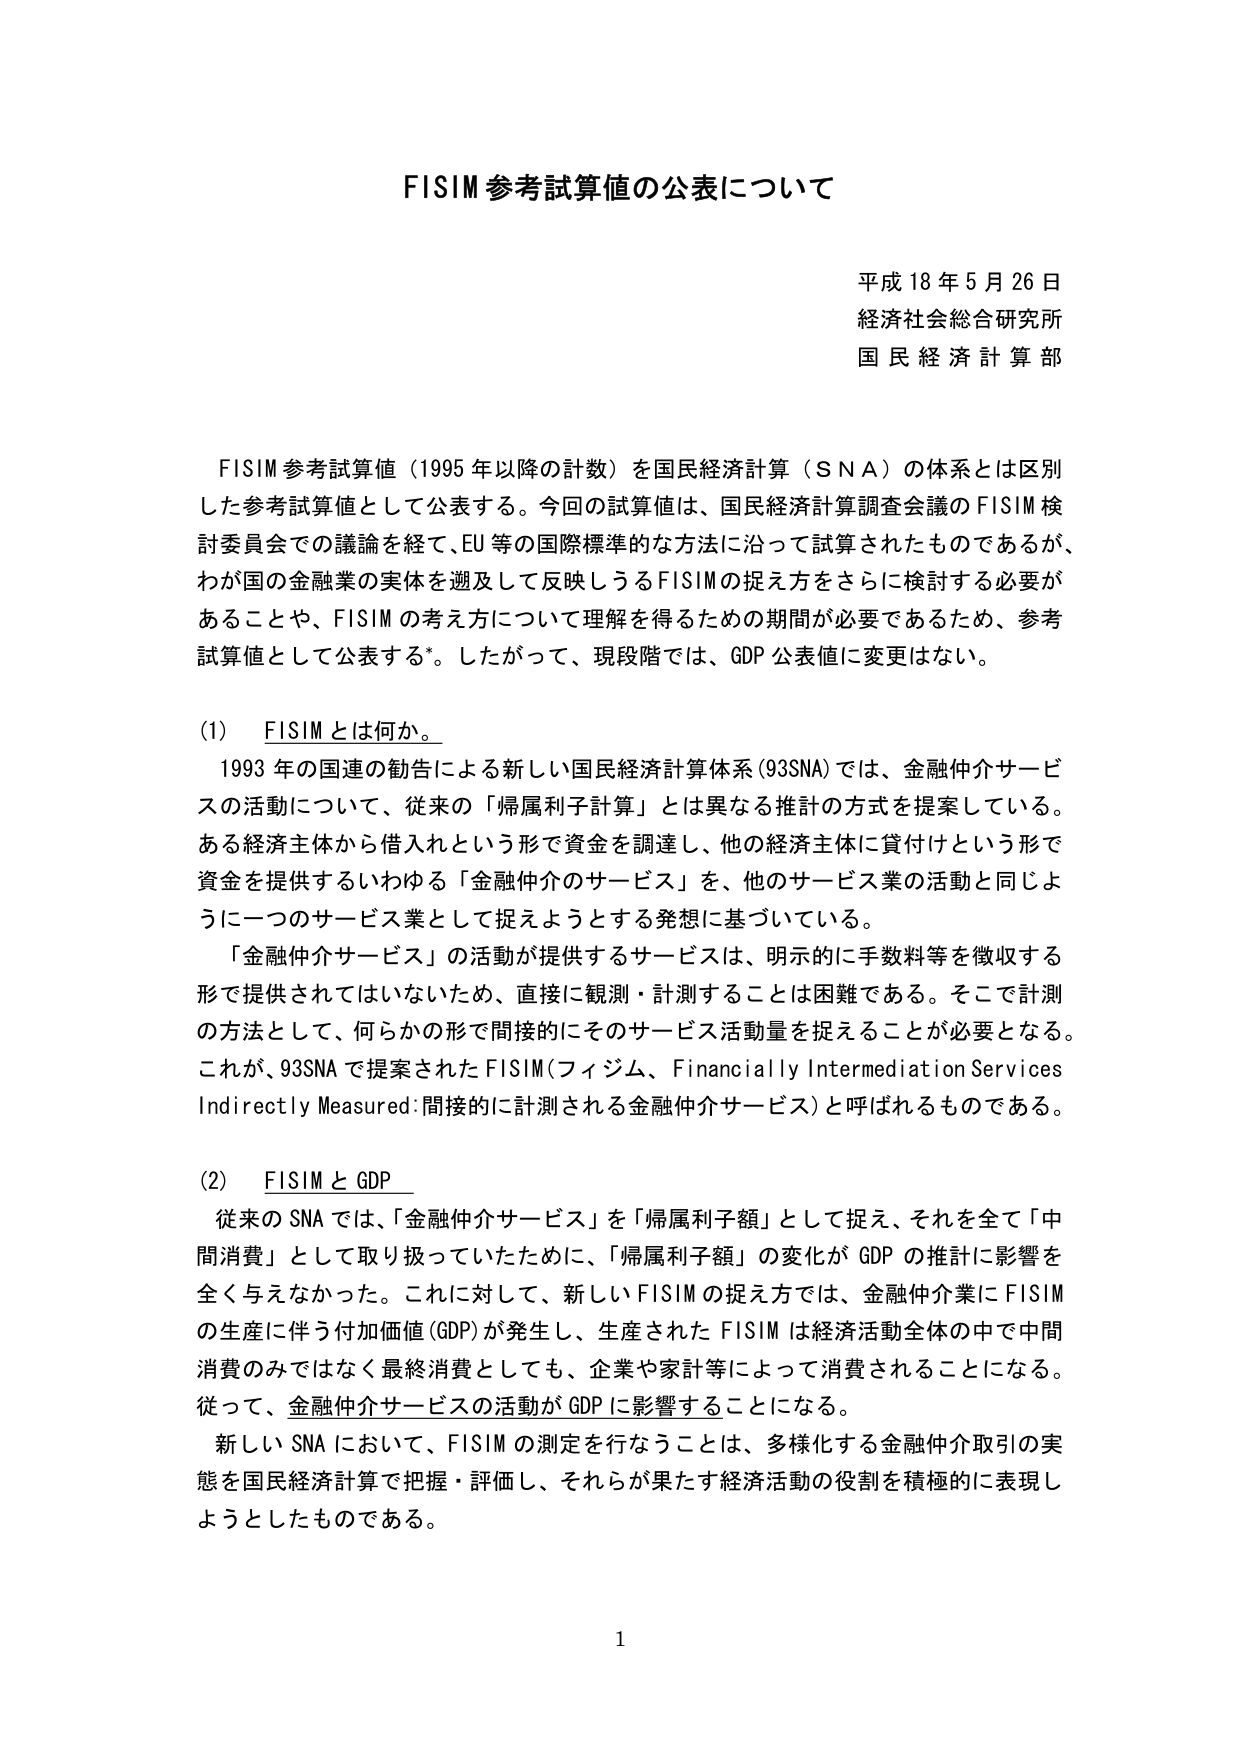
FISIM 参考試算値の公表について

平成 18 年 5 月 26 日
経済社会総合研究所
国民経済計算部

FISIM 参考試算値（1995 年以降の計数）を国民経済計算（SNA）の体系とは区別した参考試算値として公表する。今回の試算値は、国民経済計算調査会議の FISIM 検討委員会での議論を経て、EU 等の国際標準的な方法に沿って試算されたものであるが、わが国の金融業の実体を遡及して反映しうる FISIM の捉え方をさらに検討する必要があることや、FISIM の考え方について理解を得るための期間が必要であるため、参考試算値として公表する*。したがって、現段階では、GDP 公表値に変更はない。

(1) FISIM とは何か。

1993 年の国連の勧告による新しい国民経済計算体系（93SNA）では、金融仲介サービスの活動について、従来の「帰属利子計算」とは異なる推計の方式を提案している。ある経済主体から借入れという形で資金を調達し、他の経済主体に貸付けという形で資金を提供するいわゆる「金融仲介のサービス」を、他のサービス業の活動と同じように一つのサービス業として捉えようとする発想に基づいている。

「金融仲介サービス」の活動が提供するサービスは、明示的に手数料等を徴収する形で提供されてはいないため、直接に観測・計測することは困難である。そこで計測の方法として、何らかの形で間接的にそのサービス活動量を捉えることが必要となる。これが、93SNA で提案された FISIM（フィジム、Financially Intermediation Services Indirectly Measured：間接的に計測される金融仲介サービス）と呼ばれるものである。

(2) FISIM と GDP

従来の SNA では、「金融仲介サービス」を「帰属利子額」として捉え、それを全て「中間消費」として取り扱っていたために、「帰属利子額」の変化が GDP の推計に影響を全く与えなかった。これに対して、新しい FISIM の捉え方では、金融仲介業に FISIM の生産に伴う付加価値（GDP）が発生し、生産された FISIM は経済活動全体の中で中間消費のみではなく最終消費としても、企業や家計等によって消費されることになる。従って、金融仲介サービスの活動が GDP に影響することになる。

新しい SNA において、FISIM の測定を行なうことは、多様化する金融仲介取引の実態を国民経済計算で把握・評価し、それらが果たす経済活動の役割を積極的に表現しようとしたものである。

1